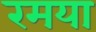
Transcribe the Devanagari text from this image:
रमया